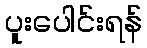
ပူးပေါင်းရန်